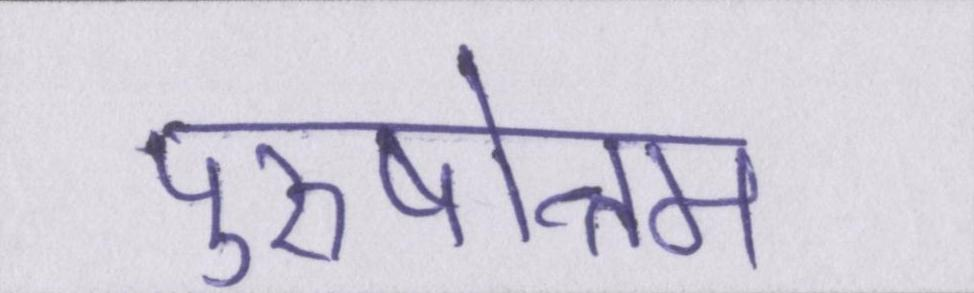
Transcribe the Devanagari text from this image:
पुरुषोत्तम